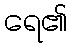
ရေ၏